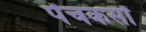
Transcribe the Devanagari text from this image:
पेंचकसों